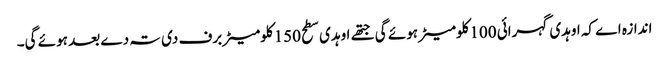
اندازہ اے کہ اوہدی گہرائی 100کلومیٹر ہوئے گی جتھ‏ے اوہدی سطح 150کلومیٹر برف دی تہ دے بعد ہوئے گی۔